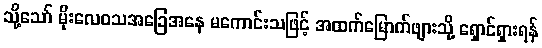
သို့သော် မိုးလေဝသအခြေအနေ မကောင်းသဖြင့် အထက်မြောက်ဖျားသို့ ရှောင်ရှားရန်